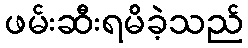
ဖမ်းဆီးရမိခဲ့သည်